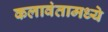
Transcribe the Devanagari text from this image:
कलावंतामध्ये